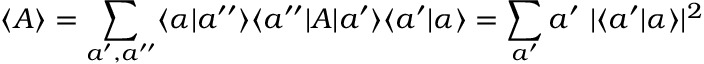
\langle A \rangle = \sum _ { a ^ { \prime } , a ^ { \prime \prime } } \langle \alpha \vert a ^ { \prime \prime } \rangle \langle a ^ { \prime \prime } \vert A \vert a ^ { \prime } \rangle \langle a ^ { \prime } \vert \alpha \rangle = \sum _ { a ^ { \prime } } a ^ { \prime } ~ | \langle a ^ { \prime } \vert \alpha \rangle | ^ { 2 }